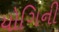
યોગિની